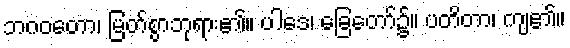
ဘဂဝတော၊ မြတ်စွာဘုရား၏။ ပါဒေ၊ ခြေတော်၌။ ပတိတာ၊ ကျ၏။